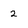
Character: 2